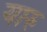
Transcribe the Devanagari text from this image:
यारु